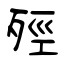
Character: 殌